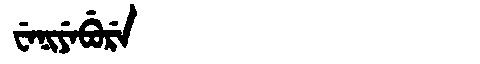
Manchu: ᠸᡝᠨᡳᠶᡝᠪᡠᡵᡝ
Romanization: WENIYEBURE